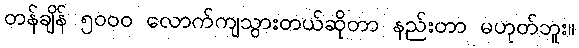
တန်ချိန် ၅၀၀၀ လောက်ကျသွားတယ်ဆိုတာ နည်းတာ မဟုတ်ဘူး။